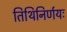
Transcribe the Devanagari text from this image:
तिथिनिर्णयः